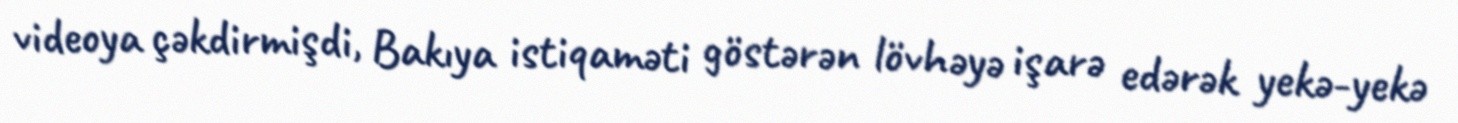
videoya çəkdirmişdi, Bakıya istiqaməti göstərən lövhəyə işarə edərək yekə-yekə